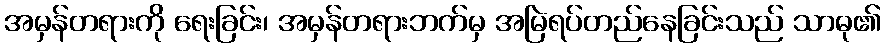
အမှန်တရားကို ရေးခြင်း၊ အမှန်တရားဘက်မှ အမြဲရပ်တည်နေခြင်းသည် သာဓု၏